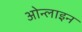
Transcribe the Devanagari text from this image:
ओन्लाइन